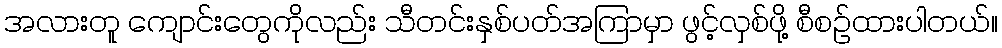
အလားတူ ကျောင်းတွေကိုလည်း သီတင်းနှစ်ပတ်အကြာမှာ ဖွင့်လှစ်ဖို့ စီစဉ်ထားပါတယ်။